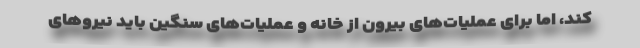
کند، اما برای عملیات‌های بیرون از خانه و عملیات‌های سنگین باید نیروهای